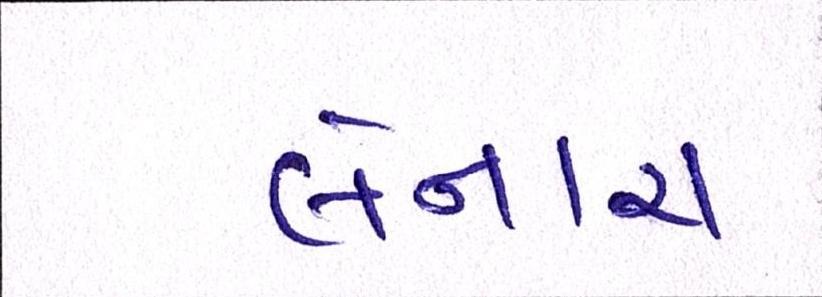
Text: લેનારા